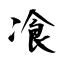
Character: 飡